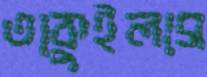
তাকুইলাস